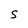
Character: S